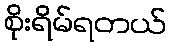
စိုးရိမ်ရတယ်